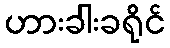
ဟားခါးခရိုင်